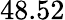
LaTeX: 48.52